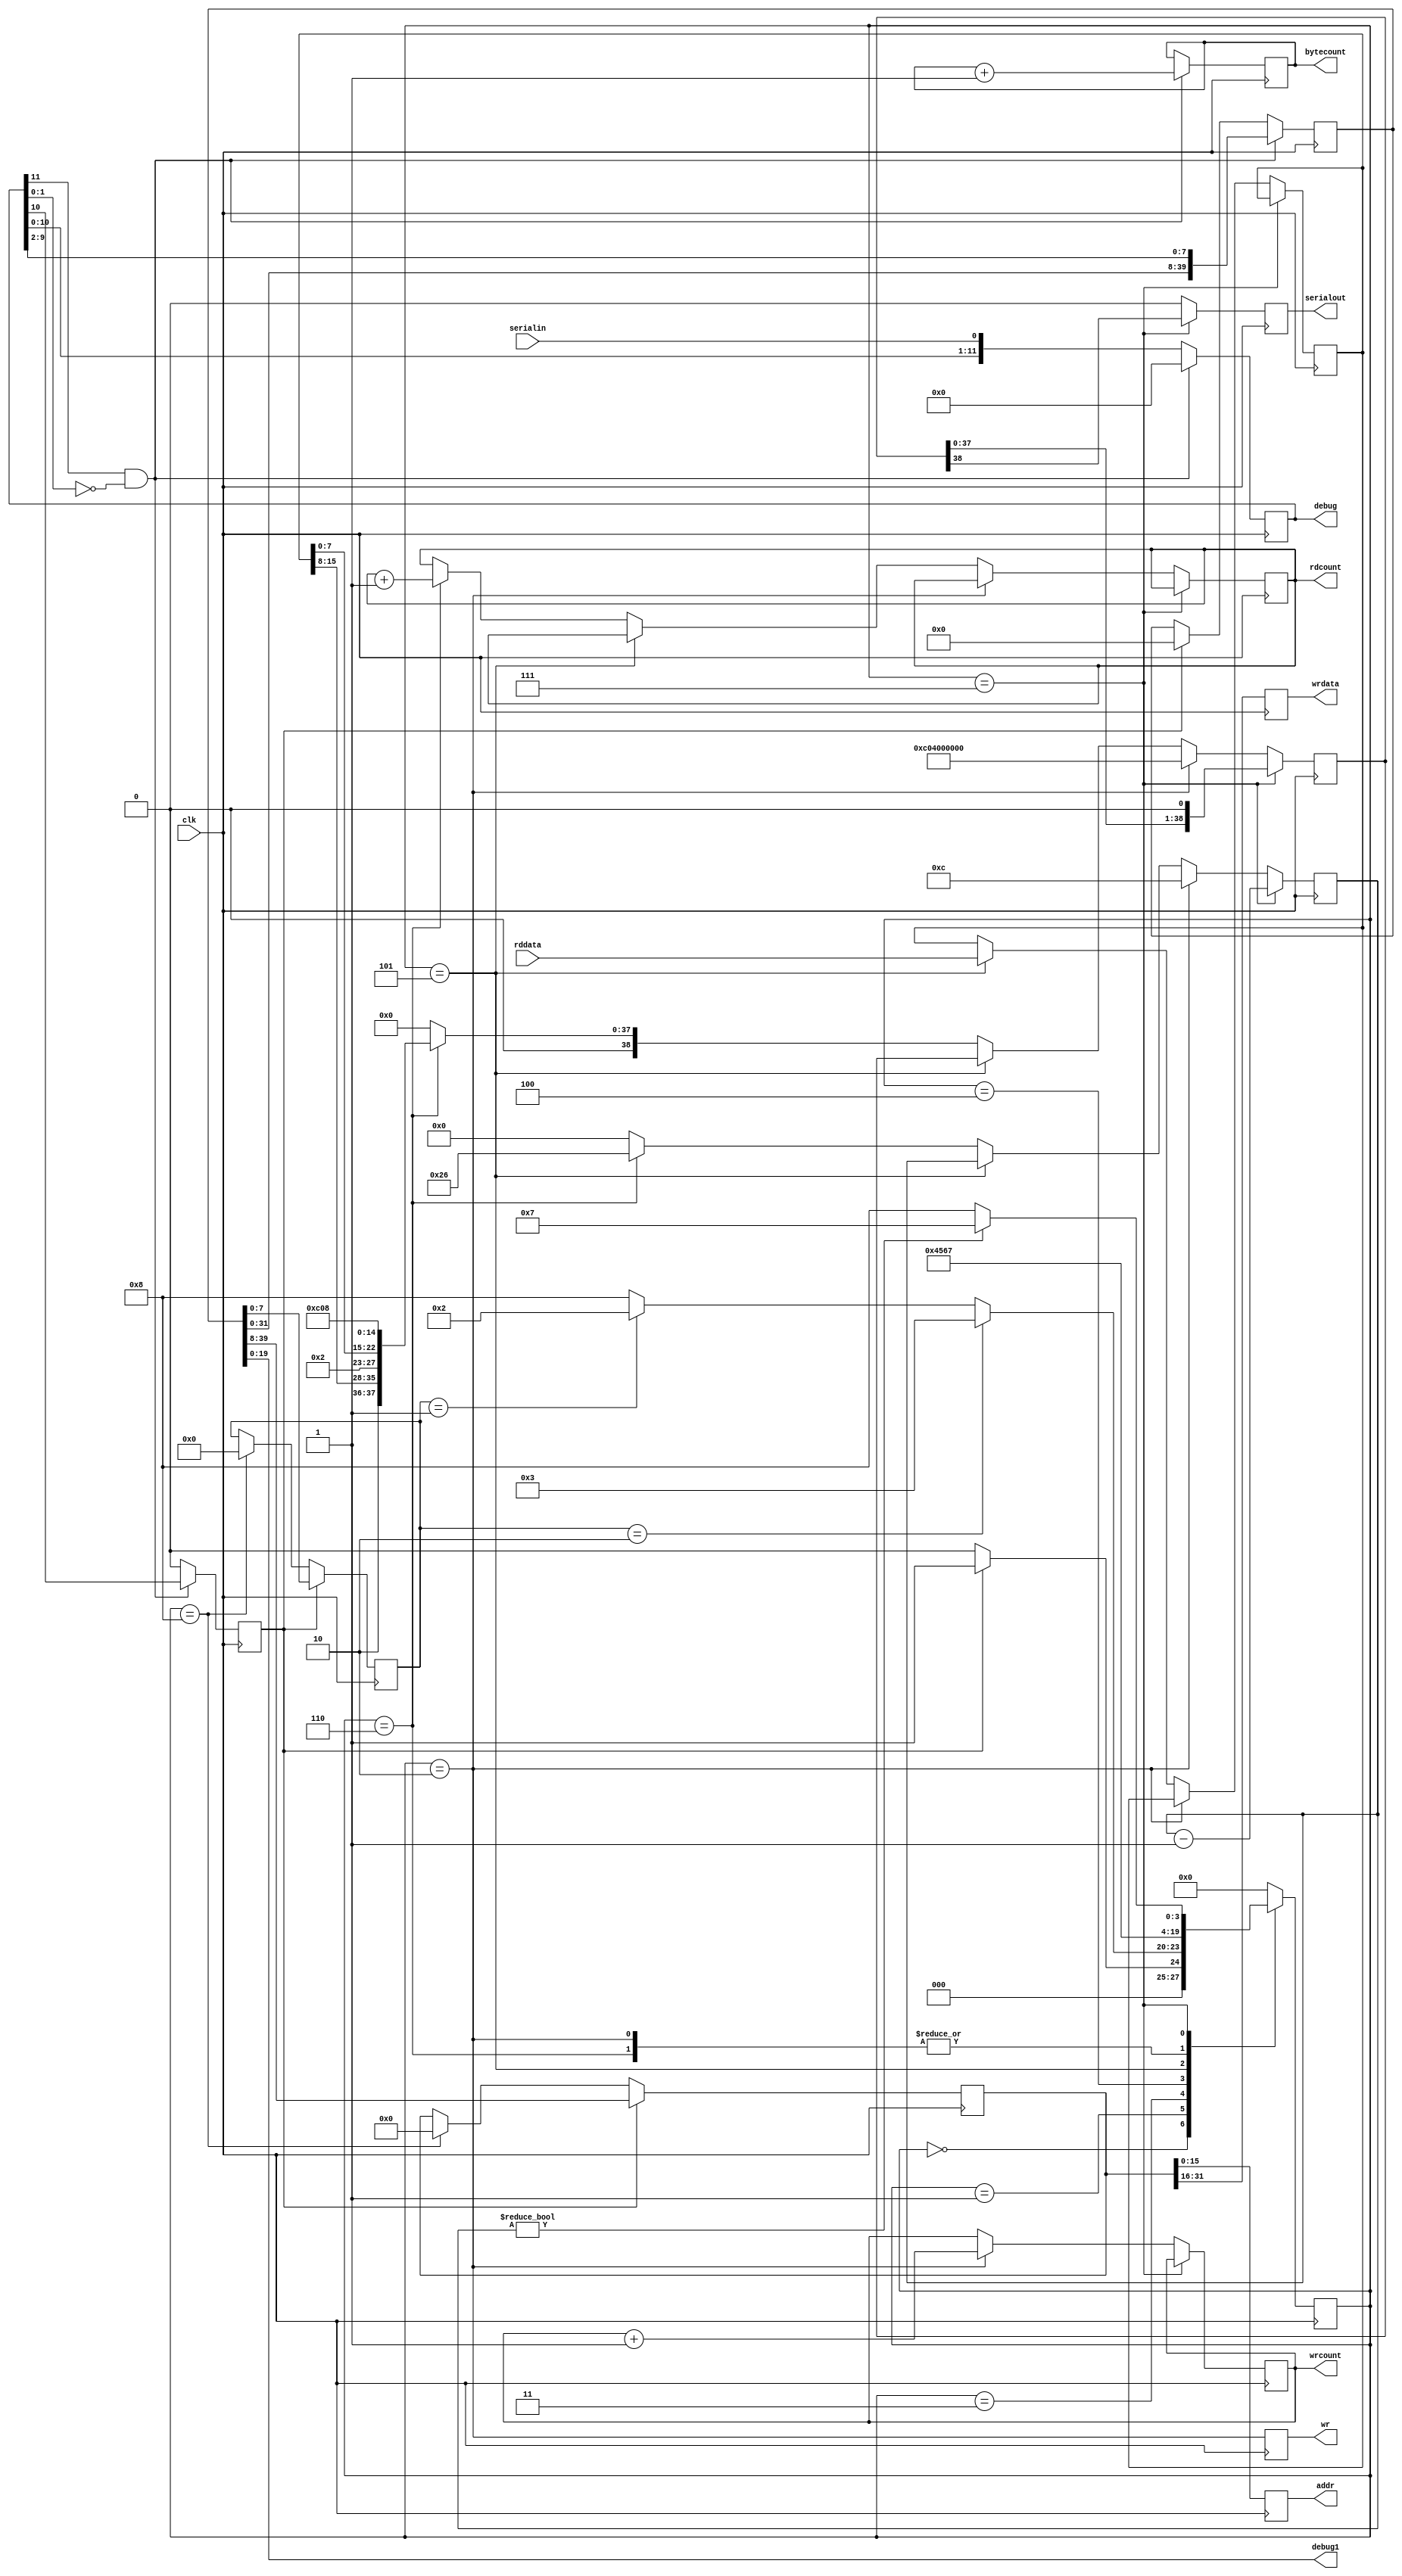
/*
 * busio.v
 * Simple 16A/16D bus for run-time register configuration
 * begun 2009-08-20 by wja
 */

// `include "bpet_defs.v"

`default_nettype none

module busfsm
  (
   input  wire clk,
   input  wire serialin,
   output wire serialout,
   output wire wr,
   output wire [15:0] addr,
   output wire [15:0] wrdata,
   input  wire [15:0] rddata,
   output wire [15:0] rdcount,
   output wire [15:0] wrcount,
   output wire [15:0] bytecount,
   output wire [11:0] debug,
   output wire [19:0] debug1
   );
   /*
    * Incoming bit stream is broken into 9-bit bytes, each of which is 
    * preceded by one start bit (1) and two stop bits (0).  Bit 8 (MSb)
    * of each byte is 1 if the byte contains a command, else 0 for a
    * data byte.  A message consists of zero or more data (non-command) 
    * bytes, MSB first, followed by a command byte.  The number of data 
    * bytes will vary by command.  The receiving FSM simply shifts each
    * new byte into the LSB of a shift register, until a command byte
    * is seen, at which point the message (whose command is LSB) is
    * executed.  Commands will be WRITE, READ, etc.
    */
   reg [11:0] bytereg = 0;
   reg [39:0] wordreg = 0;
   reg        execcmd = 0;
   reg        dbgtoggle = 0;
   reg [15:0] rdcount1 = 0, wrcount1 = 0, bytecount1 = 0;
   assign debug = bytereg;
   assign debug1 = wordreg;
   assign rdcount = rdcount1;
   assign wrcount = wrcount1;
   assign bytecount = bytecount1;
   always @ (posedge clk) begin
      dbgtoggle <= ~dbgtoggle;
      if (bytereg[11] & !bytereg[1:0]) begin
         bytereg <= 12'b0;
         wordreg <= {wordreg[31:0], bytereg[9:2]};
         execcmd <= bytereg[10];
         bytecount1 <= bytecount1 + 1;
         //$strobe("%1d byte %2x", $time, bytereg[10:2]);
      end else begin
         bytereg <= {bytereg[10:0], serialin};
         if (execcmd) wordreg <= 40'b0;
         execcmd <= 1'b0;
      end
      //if (execcmd) $strobe("%1d execcmd %10x", $time, wordreg);
   end
   localparam 
     IDLE=0, DECODE=1, WRITE=2, READ=3, READA=4, READB=5, READC=6,
     REPLY=7, DONE=8;
   reg [3:0]  fsm = 0, fsmnext = 0;
   reg [31:0] data = 0;
   reg [7:0]  cmd = 0;
   reg [5:0]  replybits = 0;
   reg [38:0] replyshift = 0;
   reg [15:0] ffaddr=0, ffwrdata=0, ffrddata=0;
   reg        ffwr=0, ffserialout=0;
   // avoid registered outputs, to avoid initial 'X' in RTL simulation
   assign addr = ffaddr;
   assign wrdata = ffwrdata;
   assign wr = ffwr;
   assign serialout = ffserialout;
   always @ (posedge clk) begin
      fsm <= fsmnext;
      if (execcmd) 
        {data, cmd} <= wordreg;
      else if (fsm==DONE)
        {data, cmd} <= 40'b0;
      ffwr <= (fsm==WRITE);
      ffwrdata <= data[31:16];
      ffaddr <= data[15:0];
      if (fsm==REPLY) begin
         replybits <= replybits-1;
         replyshift <= {replyshift, 1'b0};
      end else if (fsm==WRITE) begin
         replybits <= 1*13-1;
         replyshift <= {3'b011, 8'h01, 2'b00, 24'b0};
         wrcount1 <= wrcount1 + 1;
      end else if (fsm==READB) begin
          ffrddata <= rddata;
      end else if (fsm==READC) begin
         replybits <= 3*13-1;
         replyshift <= {3'b010, ffrddata[15:8], 2'b00,
                        3'b010, ffrddata[7:0],  2'b00,
                        3'b011, 8'h02,          2'b00};
         $display("busfsm/READB: %1d rddata=%x", $time, rddata);
         rdcount1 <= rdcount1 + 1;
      end else begin
         replybits <= 0;
         replyshift <= 0;
      end
      ffserialout <= (fsm==REPLY ? replyshift[38] : 1'b0);
   end
   always @* begin
      fsmnext = IDLE;
      case (fsm)
          IDLE   : fsmnext = (execcmd ? DECODE : IDLE);
          DECODE : 
            begin
                fsmnext = DONE;
                if (cmd==8'h01) fsmnext = WRITE;
                if (cmd==8'h02) fsmnext = READ;
            end
          WRITE  : fsmnext = REPLY;
          READ   : fsmnext = READA;
          READA  : fsmnext = READB;
          READB  : fsmnext = READC;
          READC  : fsmnext = REPLY;
          REPLY  : fsmnext = (replybits ? REPLY : DONE);
          DONE   : fsmnext = IDLE;
      endcase // case (bytefsm)
   end  // always @ *
endmodule  // busfsm
   
module breg #( parameter MYADDR=0, W=16, PU=0 )
   (
    input  wire [1+1+16+16-1:0] i,
    output wire [15:0]          o,
    output wire [W-1:0]         q
    );
    wire        clk, wr;
    wire [15:0] addr, wrdata;
    wire [15:0] rddata;
   assign {clk, wr, addr, wrdata} = i;
   assign o = {rddata};
   // boilerplate ends here
   reg [W-1:0] regdat = PU;
   wire addrok = (addr==MYADDR);
   assign rddata = addrok ? regdat : 16'bz;
   always @ (posedge clk)
     if (wr && addrok)
       regdat <= wrdata[W-1:0];
   assign q = regdat;
endmodule  // breg

module bror #( parameter MYADDR=0, W=16 )
   (
    input  wire [1+1+16+16-1:0] i,
    output wire [15:0]          o,
    input  wire [W-1:0]         d
    );
    wire        clk, wr;
    wire [15:0] addr, wrdata;
    wire [15:0] rddata;
    assign {clk, wr, addr, wrdata} = i;
    assign o = {rddata};
    // boilerplate ends here
    wire        addrok = (addr==MYADDR);
    assign rddata = addrok ? d : 16'bz;
endmodule  // bror

`default_nettype wire